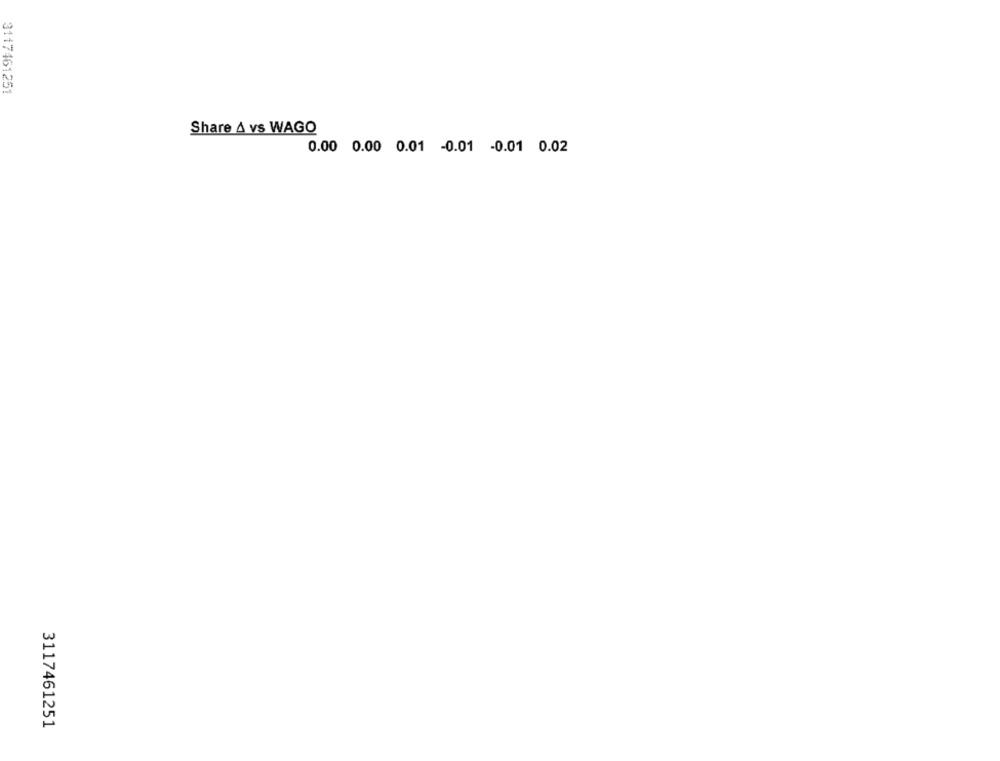
3117461251
Share A vs WAGO
0.00 0.00 0.01 -0.01 -0.01 0.02
3117461251